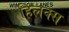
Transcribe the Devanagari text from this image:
हिलक्स